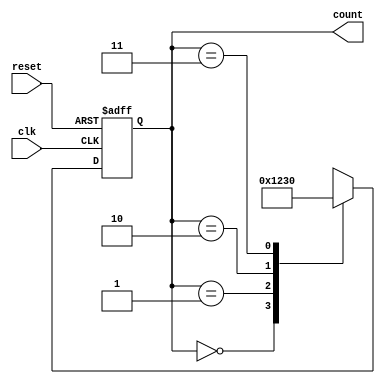
module ripple_counter_clock_divider (
    input wire clk,       // Input clock signal
    input wire reset,     // Reset signal
    output reg [3:0] count // 4-bit ripple counter output
);

reg [3:0] next_count;

always @(posedge clk or posedge reset) begin
    if (reset) begin
        count <= 4'b0000;
    end else begin
        count <= next_count;
    end
end

always @(*) begin
    case(count)
        4'b0000: next_count = 4'b0001;
        4'b0001: next_count = 4'b0010;
        4'b0010: next_count = 4'b0011;
        4'b0011: next_count = 4'b0000;
        default: next_count = 4'bxxxx; // Default case for safety
    endcase
end

endmodule